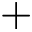
+